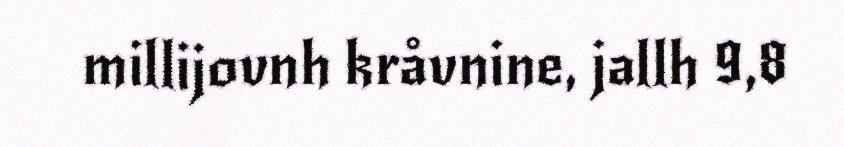
millijovnh kråvnine, jallh 9,8